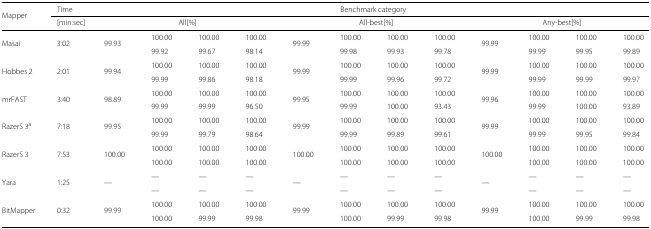
<table><thead><tr><td><b>Mapper</b></td><td><b>Time</b></td><td colspan="4"><b>Benchmark category</b></td><td></td><td></td><td></td><td></td><td></td><td></td><td></td><td></td></tr><tr><td></td><td><b>[min:sec]</b></td><td colspan="4"><b>All[%]</b></td><td colspan="4"><b>All-best[%]</b></td><td colspan="4"><b>Any-best[%]</b></td></tr></thead><tbody><tr><td>Masai</td><td>3:02</td><td>99.93</td><td>100.00</td><td>100.00</td><td>100.00</td><td>99.99</td><td>100.00</td><td>100.00</td><td>100.00</td><td>99.99</td><td>100.00</td><td>100.00</td><td>100.00</td></tr><tr><td></td><td></td><td></td><td>99.92</td><td>99.67</td><td>98.14</td><td></td><td>99.98</td><td>99.93</td><td>99.78</td><td></td><td>99.99</td><td>99.95</td><td>99.89</td></tr><tr><td>Hobbes 2</td><td>2:01</td><td>99.94</td><td>100.00</td><td>100.00</td><td>100.00</td><td>99.99</td><td>100.00</td><td>100.00</td><td>100.00</td><td>99.99</td><td>100.00</td><td>100.00</td><td>100.00</td></tr><tr><td></td><td></td><td></td><td>99.99</td><td>99.86</td><td>98.18</td><td></td><td>99.99</td><td>99.96</td><td>99.72</td><td></td><td>99.99</td><td>99.99</td><td>99.97</td></tr><tr><td>mrFAST</td><td>3:40</td><td>98.89</td><td>100.00</td><td>100.00</td><td>100.00</td><td>99.95</td><td>100.00</td><td>100.00</td><td>100.00</td><td>99.96</td><td>100.00</td><td>100.00</td><td>100.00</td></tr><tr><td></td><td></td><td></td><td>99.99</td><td>99.99</td><td>96.50</td><td></td><td>99.99</td><td>100.00</td><td>93.43</td><td></td><td>99.99</td><td>100.00</td><td>93.89</td></tr><tr><td>RazerS 3 <sup>a</sup></td><td>7:18</td><td>99.95</td><td>100.00</td><td>100.00</td><td>100.00</td><td>99.99</td><td>100.00</td><td>100.00</td><td>100.00</td><td>99.99</td><td>100.00</td><td>100.00</td><td>100.00</td></tr><tr><td></td><td></td><td></td><td>99.99</td><td>99.79</td><td>98.64</td><td></td><td>99.99</td><td>99.89</td><td>99.61</td><td></td><td>99.99</td><td>99.95</td><td>99.84</td></tr><tr><td>RazerS 3</td><td>7:53</td><td>100.00</td><td>100.00</td><td>100.00</td><td>100.00</td><td>100.00</td><td>100.00</td><td>100.00</td><td>100.00</td><td>100.00</td><td>100.00</td><td>100.00</td><td>100.00</td></tr><tr><td></td><td></td><td></td><td>100.00</td><td>100.00</td><td>100.00</td><td></td><td>100.00</td><td>100.00</td><td>100.00</td><td></td><td>100.00</td><td>100.00</td><td>100.00</td></tr><tr><td>Yara</td><td>1:25</td><td>—</td><td>—</td><td>—</td><td>—</td><td>—</td><td>—</td><td>—</td><td>—</td><td>—</td><td>—</td><td>—</td><td>—</td></tr><tr><td></td><td></td><td></td><td>—</td><td>—</td><td>—</td><td></td><td>—</td><td>—</td><td>—</td><td></td><td>—</td><td>—</td><td>—</td></tr><tr><td>BitMapper</td><td>0:32</td><td>99.99</td><td>100.00</td><td>100.00</td><td>100.00</td><td>99.99</td><td>100.00</td><td>100.00</td><td>100.00</td><td>99.99</td><td>100.00</td><td>100.00</td><td>100.00</td></tr><tr><td></td><td></td><td></td><td>100.00</td><td>99.99</td><td>99.98</td><td></td><td>100.00</td><td>99.99</td><td>99.98</td><td></td><td>100.00</td><td>99.99</td><td>99.98</td></tr></tbody></table>